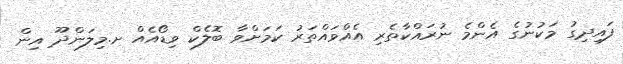
ފައިދިގު މަކުނުގެ އެންމެ ނުރައްކާތެރި އެއްވައްތަރު ކަމަށްވާ ބޮލެކް ވިޑޯއެއް ށ.މިލަންދޫ އިން